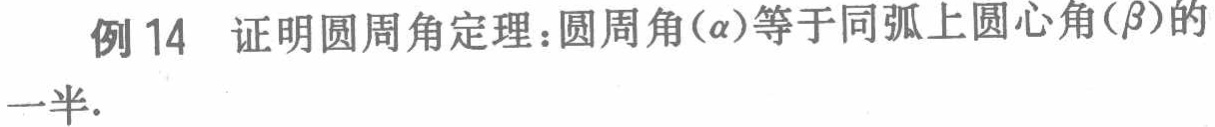
例14 证明圆周角定理：圆周角(\(\alpha\))等于同弧上圆心角(\(\beta\))的一半.